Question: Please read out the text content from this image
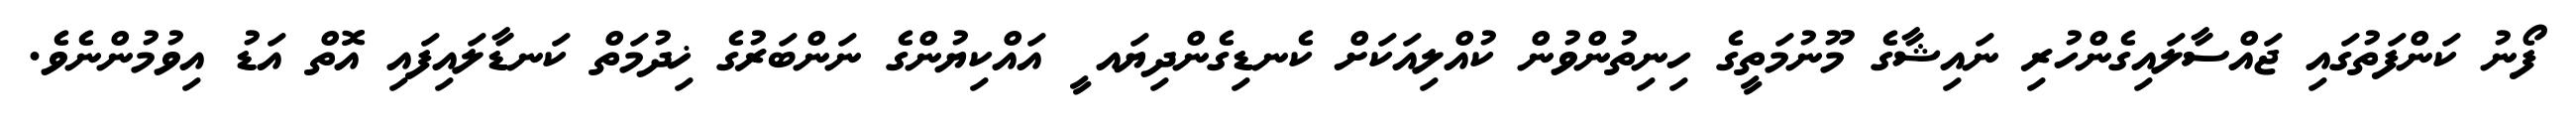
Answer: ފޯނު ކަންފަތުގައި ޖައްސާލައިގެންހުރި ނައިޝާގެ މޫނުމަތީގެ ހިނިތުންވުން ކުއްލިއަކަށް ކެނޑިގެންދިޔައ ީ އައްކިޔުންގެ ނަންބަރުގެ ޚިދުމަތް ކަނޑާލައިފައި އޮތް އަޑު އިވުމުންނެވެ.